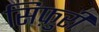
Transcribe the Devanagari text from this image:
सिफ़ुरी